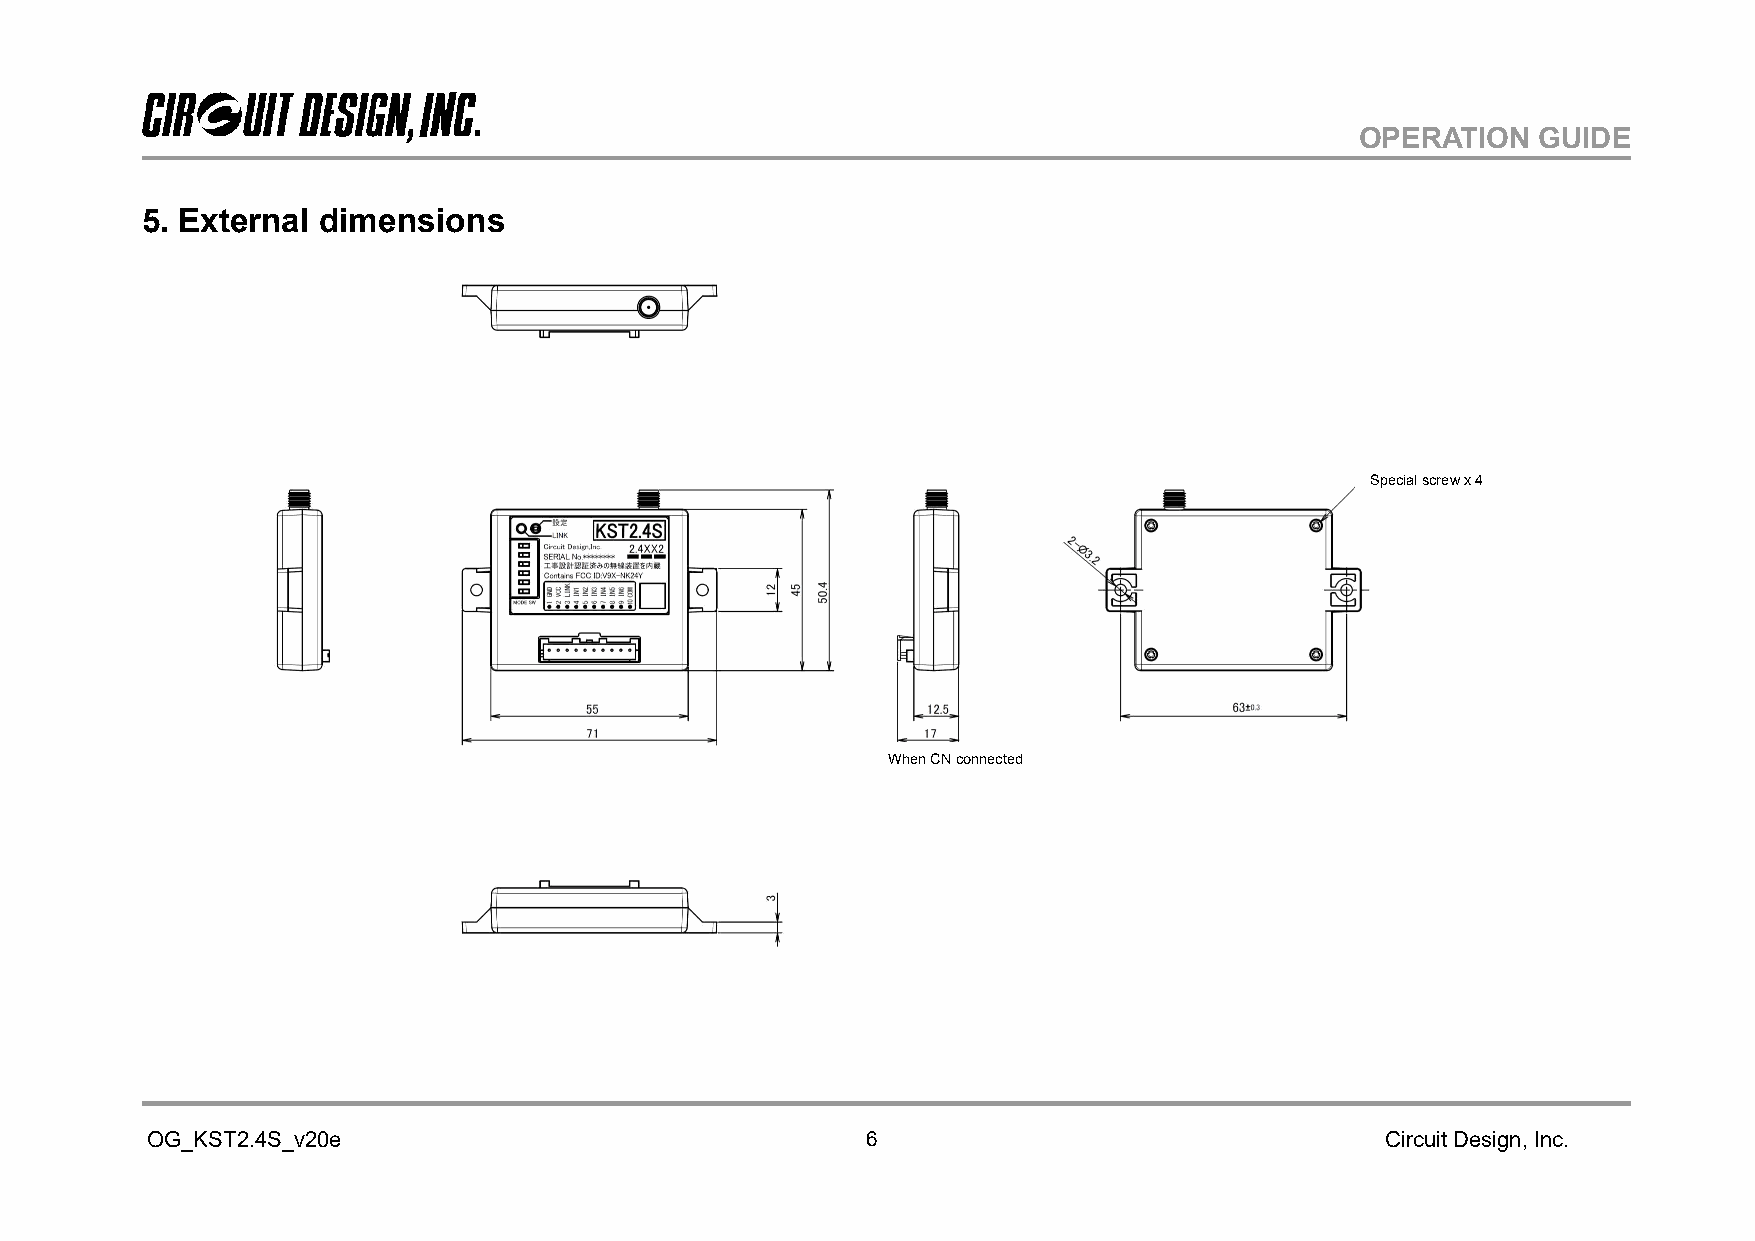
OPERATION   GUIDE
 5. External dimensions
 Special screw x 4
 When CN connected
 OG_KST2.4S_v20e                                6                                  Circuit Design, Inc.